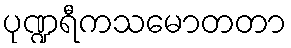
ပုဏ္ဍရီကသမောတတာ